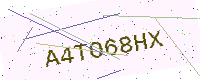
Text: A4TO68HX